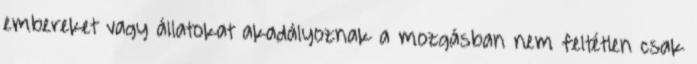
embereket vagy állatokat akadályoznak a mozgásban nem feltétlen csak